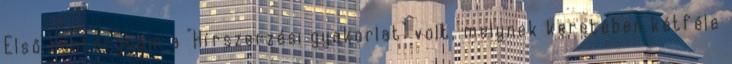
Első tantárgyam a "Hírszerzési gyakorlat" volt, melynek keretében kétféle